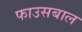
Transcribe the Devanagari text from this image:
फाउसबाल